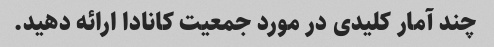
چند آمار کلیدی در مورد جمعیت کانادا ارائه دهید.